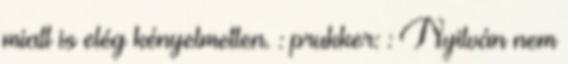
miatt is elég kényelmetlen. : prukker: : Nyilván nem